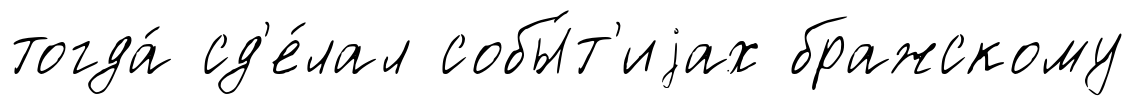
тогда́ сд'е́лал собы́т'иjах бражскому